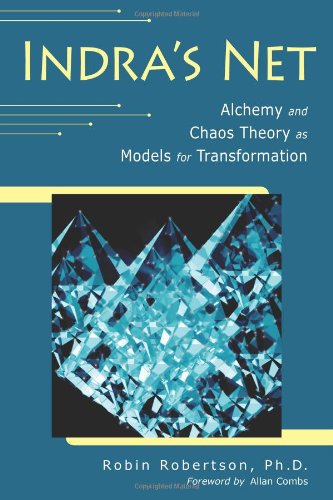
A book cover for Indra's Net: Alchemy and Chaos Theory as Models for Transformation; Robin Robertson PhD; Science & Math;